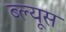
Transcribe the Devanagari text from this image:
ब्ल्यूस